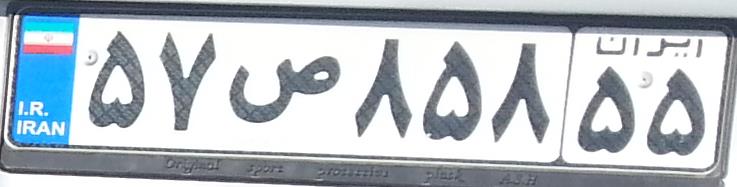
۵۷ص۸۵۸۵۵